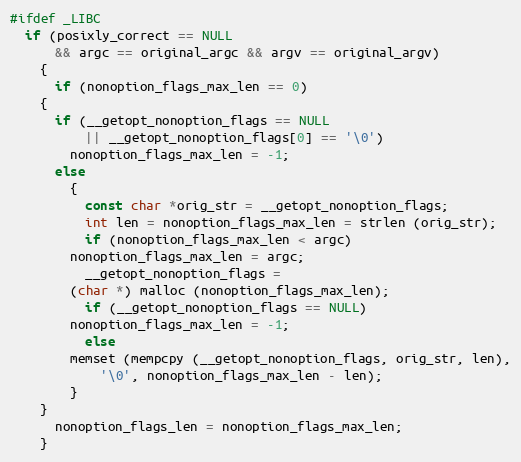
Language: C
#ifdef _LIBC
  if (posixly_correct == NULL
      && argc == original_argc && argv == original_argv)
    {
      if (nonoption_flags_max_len == 0)
	{
	  if (__getopt_nonoption_flags == NULL
	      || __getopt_nonoption_flags[0] == '\0')
	    nonoption_flags_max_len = -1;
	  else
	    {
	      const char *orig_str = __getopt_nonoption_flags;
	      int len = nonoption_flags_max_len = strlen (orig_str);
	      if (nonoption_flags_max_len < argc)
		nonoption_flags_max_len = argc;
	      __getopt_nonoption_flags =
		(char *) malloc (nonoption_flags_max_len);
	      if (__getopt_nonoption_flags == NULL)
		nonoption_flags_max_len = -1;
	      else
		memset (mempcpy (__getopt_nonoption_flags, orig_str, len),
			'\0', nonoption_flags_max_len - len);
	    }
	}
      nonoption_flags_len = nonoption_flags_max_len;
    }